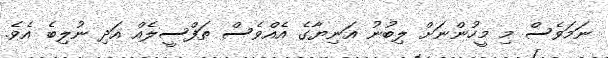
ނަމަވެސް މި މީހުންނަށް ލިބުނު އަނިޔާގެ އެއްވެސް ތަފްސީލެއް އަދި ނުލިބެ އެވެ.